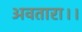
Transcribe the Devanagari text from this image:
अवतारा।।